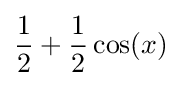
{\frac {1}{2}}+{\frac {1}{2}}\cos(x)